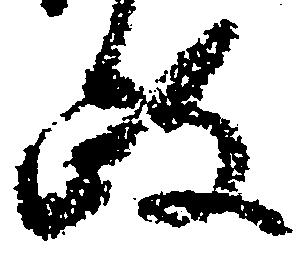
政